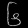
Digit: ၆